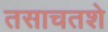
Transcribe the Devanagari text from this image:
तसाचतशे